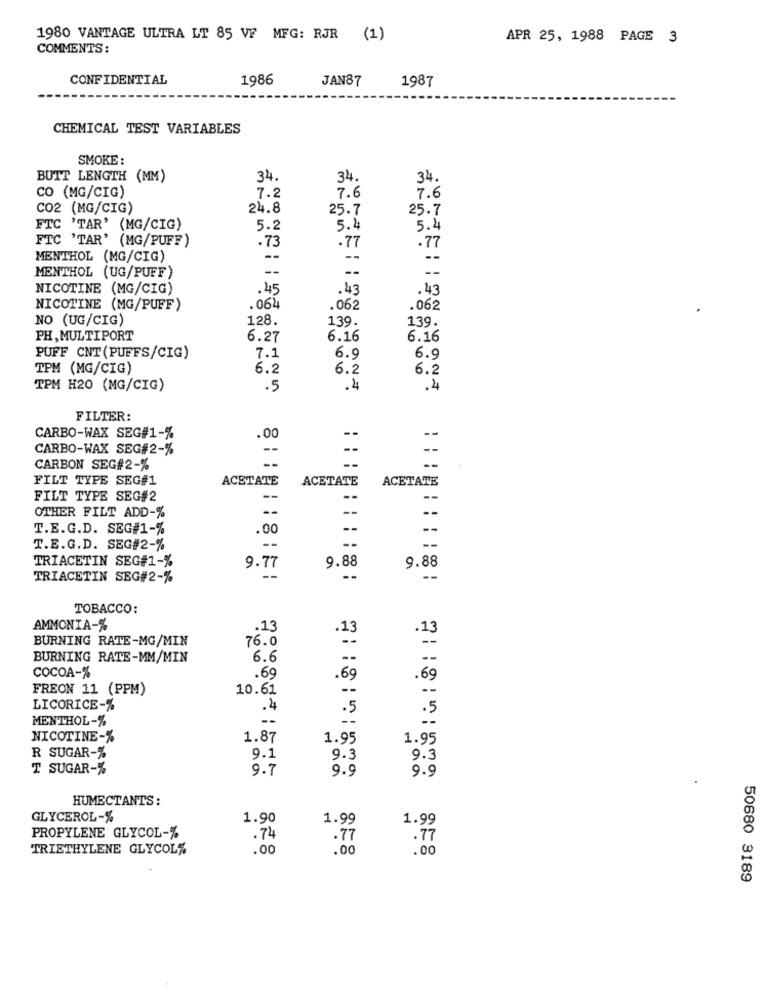
1980 VANTAGE ULTRA LT 85 VF MFG: RJR (1)
APR 25, 1988 PAGE 3
COMMENTS:
CONFIDENTIAL
1986
JAN87
1987
CHEMICAL TEST VARIABLES
SMOKE:
BUTT LENGTH (MM)
34.
34
34.
CO (MG/CIG)
7.2
7.6
7.6
CO2 (MG/CIG)
24.8
25.7
25.7
FTC 'TAR' (MG/CIG)
5.2
5.4
5.4
FTC 'TAR' (MG/PUFF)
.73
.77
.77
MENTHOL (MG/CIG)
--
--
--
MENTHOL (UG/PUFF)
NICOTINE (MG/CIG)
.45
.43
.43
NICOTINE (MG/PUFF)
.062
.062
.062
NO (UG/CIG)
128.
139.
139.
PH, MULTIPORT
6.27
6.16
6.16
7.1
PUFF CNT(PUFFS/CIG)
6.9
6.9
TPM (MG/CIG)
6.2
6.2
6.2
TPM H20 (MG/CIG)
.5
.4
.4
FILTER:
CARBO-WAX SEG#1-%
.00
--
--
CARBO-WAX SEG#2-%
--
CARBON SEG#2-%
--
--
FILT TYPE SEG#1
ACETATE
ACETATE
ACETATE
FILT TYPE SEG#2
--
--
OTHER FILT ADD-%
--
--
--
T.E.G.D. SEG#1-%
.00
--
--
T.E.G.D. SEG#2-%
--
--
--
TRIACETIN SEG#1-%
9.77
9.88
9.88
TRIACETIN SEG#2-%
--
TOBACCO:
AMMONIA-%
.13
.13
.13
BURNING RATE-MG/MIN
76.0
--
BURNING RATE-MM/MIN
6.6
--
COCOA-%
.69
.69
.69
FREON 11 (PPM)
10.61
--
LICORICE-%
.4
. 5
MENTHOL-%
.5
NICOTINE-%
1.87
1.95
1.95
R SUGAR-%
9.1
9.3
9.3
T SUGAR-%
9.7
9.9
9.9
HUMECTANTS:
GLYCEROL-%
1.90
1.99
1.99
PROPYLENE GLYCOL-%
.74
.77
. 77
TRIETHYLENE GLYCOL%
.00
.00
.00
50680 3189